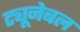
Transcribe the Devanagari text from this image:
ट्यूनेबल